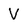
Character: V